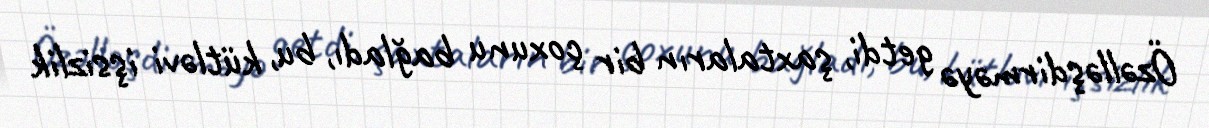
Özəlləşdirməyə getdi, şaxtaların bir çoxunu bağladı, bu, kütləvi işsizlik